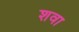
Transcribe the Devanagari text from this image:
शवा